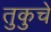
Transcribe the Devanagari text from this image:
तुकुचे